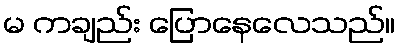
မ ကချည်း ပြောနေလေသည်။